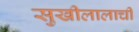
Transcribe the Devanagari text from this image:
सुखीलालाची